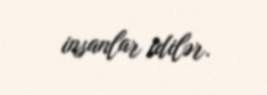
insanlar idilər.